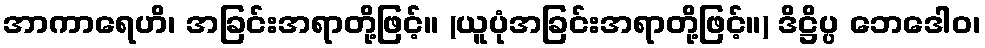
အာကာရေဟိ၊ အခြင်းအရာတို့ဖြင့်။ (ယူပုံအခြင်းအရာတို့ဖြင့်။) ဒိဋ္ဌိပ္ပ ဘေဒေါဝ၊